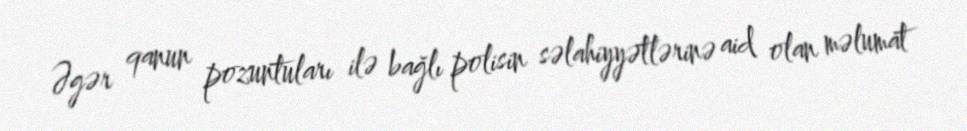
Əgər qanun pozuntuları ilə bağlı polisin səlahiyyətlərinə aid olan məlumat